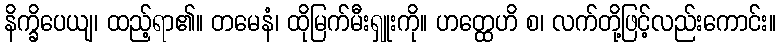
နိက္ခိပေယျ၊ ထည့်ရာ၏။ တမေနံ၊ ထိုမြက်မီးရှူးကို။ ဟတ္ထေဟိ စ၊ လက်တို့ဖြင့်လည်းကောင်း။